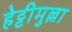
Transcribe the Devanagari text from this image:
हेट्टीमुल्ला